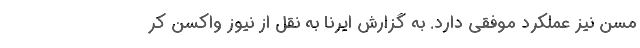
مسن نیز عملکرد موفقی دارد. به گزارش ایرنا به نقل از نیوز واکسن کر